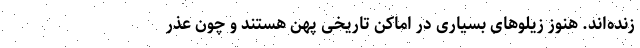
زنده‌اند. هنوز زیلوهای بسیاری در اماکن تاریخی پهن هستند و چون عذر